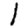
Digit: 1